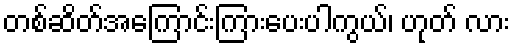
တစ်ဆိတ်အကြောင်းကြားပေးပါကွယ်၊ ဟုတ် လား